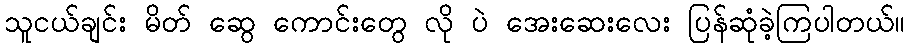
သူငယ်ချင်း မိတ် ဆွေ ကောင်းတွေ လို ပဲ အေးဆေးလေး ပြန်ဆုံခဲ့ကြပါတယ်။